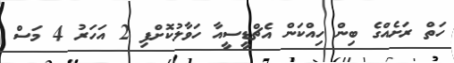
ހަތް ރަށެއްގެ ބިން ހިއްކަން އެޗްޑީސީއާ ހަވާލުކޮށްފި 2 އަހަރު 4 މަސް